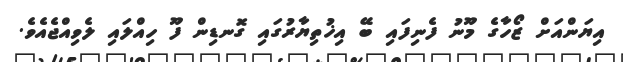
އިޔަންއަށް ޒޯހާގެ މޫނު ފެނިފައި ބޭ އިޚުތިޔާރުގައި ގޮނޑިން ފޫ ހިއްލައި ލެވިއްޖެއެވެ.